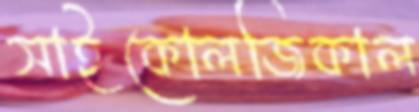
সাইকোলজিকাল